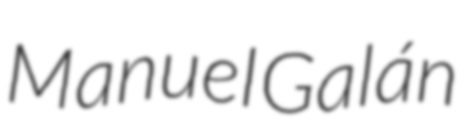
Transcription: Manuel Galán